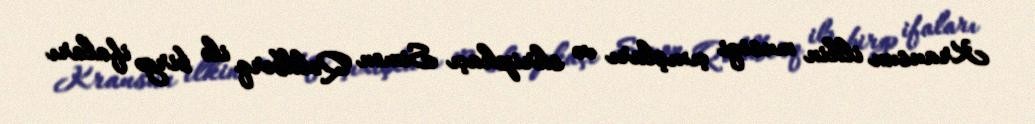
Krausun ilkin musiqi çıxışları və skripkaçı Simon Qoldberq ilə birgə ifaları